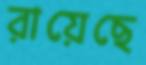
রায়েছে